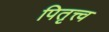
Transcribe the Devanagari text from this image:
पितृत्त्व